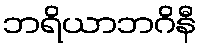
ဘရိယာဘဂိနီ